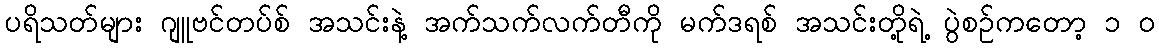
ပရိသတ်များ ဂျူဗင်တပ်စ် အသင်းနဲ့ အက်သက်လက်တီကို မက်ဒရစ် အသင်းတို့ရဲ့ ပွဲစဉ်ကတော့ ၁ ၀